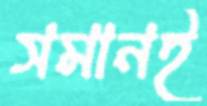
সমানই